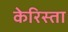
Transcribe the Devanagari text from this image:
केरिस्ता